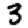
Digit: 3